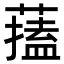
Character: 𦾃